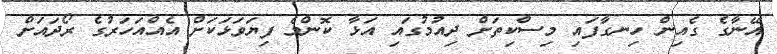
އޭނާގެ ގެއިން ހިނގާފައި މިސްކިތަށް ދިއުމުގައި އަޅާ ކޮންމެ ފިޔަވަޅަކަށް އެއްއަހަރުގެ ރޯދައަށް